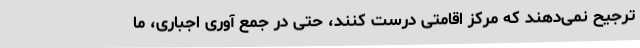
ترجیح نمی‌دهند که مرکز اقامتی درست کنند، حتی در جمع آوری اجباری، ما